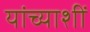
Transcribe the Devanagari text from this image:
यांच्याशीं